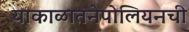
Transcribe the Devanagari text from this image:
याकाळातनेपोलियनची